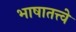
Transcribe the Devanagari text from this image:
भाषातत्त्वे